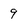
Character: 9